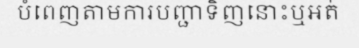
បំពេញតាមការបញ្ជាទិញនោះឬអត់